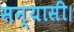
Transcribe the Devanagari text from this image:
सन्यासी।